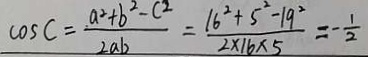
\cos C = \frac { a ^ { 2 } + b ^ { 2 } - c ^ { 2 } } { 2 a b } = \frac { 1 6 ^ { 2 } + 5 ^ { 2 } - 1 9 ^ { 2 } } { 2 \times 1 6 \times 5 } = - \frac { 1 } { 2 }